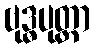
ဗုဒ္ဓပုတ္တာ